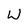
Character: W